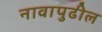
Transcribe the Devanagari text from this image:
नावापुढील